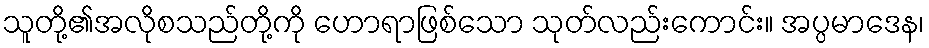
သူတို့၏အလိုစသည်တို့ကို ဟောရာဖြစ်သော သုတ်လည်းကောင်း။ အပ္ပမာဒေန၊